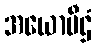
အယောပီဌံ